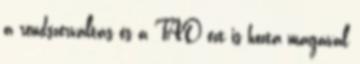
a rendszerváltás és a TAO ezt is hozta magával